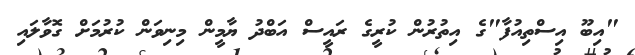
"އިބޫ އިސްތިއުފާ"ގެ އިތުރުން ކުރީގެ ރައީސް އަބްދު ޔާމީން މިނިވަން ކުރުމަށް ގޮވާލައި